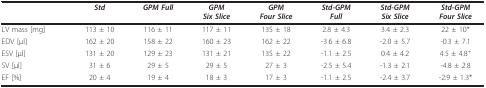
<table><thead><tr><td></td><td><b><i>Std</i></b></td><td><b><i>GPM Full</i></b></td><td><b><i>GPM</i><i>Six Slice</i></b></td><td><b><i>GPM</i><i>Four Slice</i></b></td><td><b><i>Std-GPM</i><i>Full</i></b></td><td><b><i>Std-GPM</i><i>Six Slice</i></b></td><td><b><i>Std-GPM</i><i>Four Slice</i></b></td></tr></thead><tbody><tr><td>LV mass [mg]</td><td>113 ± 10</td><td>116 ± 11</td><td>117 ± 11</td><td>135 ± 18</td><td>2.8 ± 4.3</td><td>3.4 ± 2.3</td><td>22 ± 10*</td></tr><tr><td>EDV [μl]</td><td>162 ± 20</td><td>158 ± 22</td><td>160 ± 23</td><td>162 ± 22</td><td>-3.6 ± 6.8</td><td>-2.0 ± 5.7</td><td>-0.3 ± 7.1</td></tr><tr><td>ESV [μl]</td><td>131 ± 20</td><td>129 ± 23</td><td>131 ± 21</td><td>135 ± 22</td><td>-1.1 ± 2.5</td><td>0.4 ± 4.2</td><td>4.5 ± 4.8<sup>+</sup></td></tr><tr><td>SV [μl]</td><td>31 ± 6</td><td>29 ± 5</td><td>29 ± 5</td><td>27 ± 3</td><td>-2.5 ± 5.4</td><td>-1.3 ± 2.1</td><td>-4.8 ± 2.8</td></tr><tr><td>EF [%]</td><td>20 ± 4</td><td>19 ± 4</td><td>18 ± 3</td><td>17 ± 3</td><td>-1.1 ± 2.5</td><td>-2.4 ± 3.7</td><td>-2.9 ± 1.3*</td></tr></tbody></table>